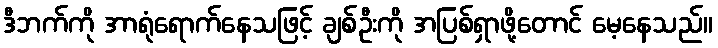
ဒီဘက်ကို အာရုံရောက်နေသဖြင့် ချစ်ဦးကို အပြစ်ရှာဖို့တောင် မေ့နေသည်။